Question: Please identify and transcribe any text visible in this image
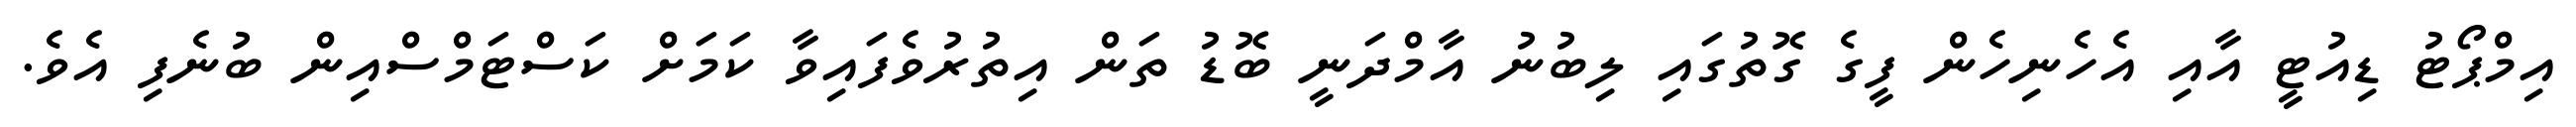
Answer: އިމްޕޯޓު ޑިއުޓީ އާއި އެހެނިހެން ފީގެ ގޮތުގައި ލިބުނު އާމްދަނީ ބޮޑު ތަން އިތުރުވެފައިވާ ކަމަށް ކަސްޓަމްސްއިން ބުނެފި އެވެ.